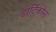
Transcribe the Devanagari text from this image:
डोर्टिकोस